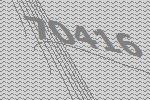
70416